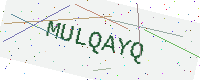
Text: MULQAYQ